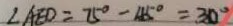
\angle A E D = 7 5 ^ { \circ } - 4 5 ^ { \circ } = 3 0 ^ { \circ }